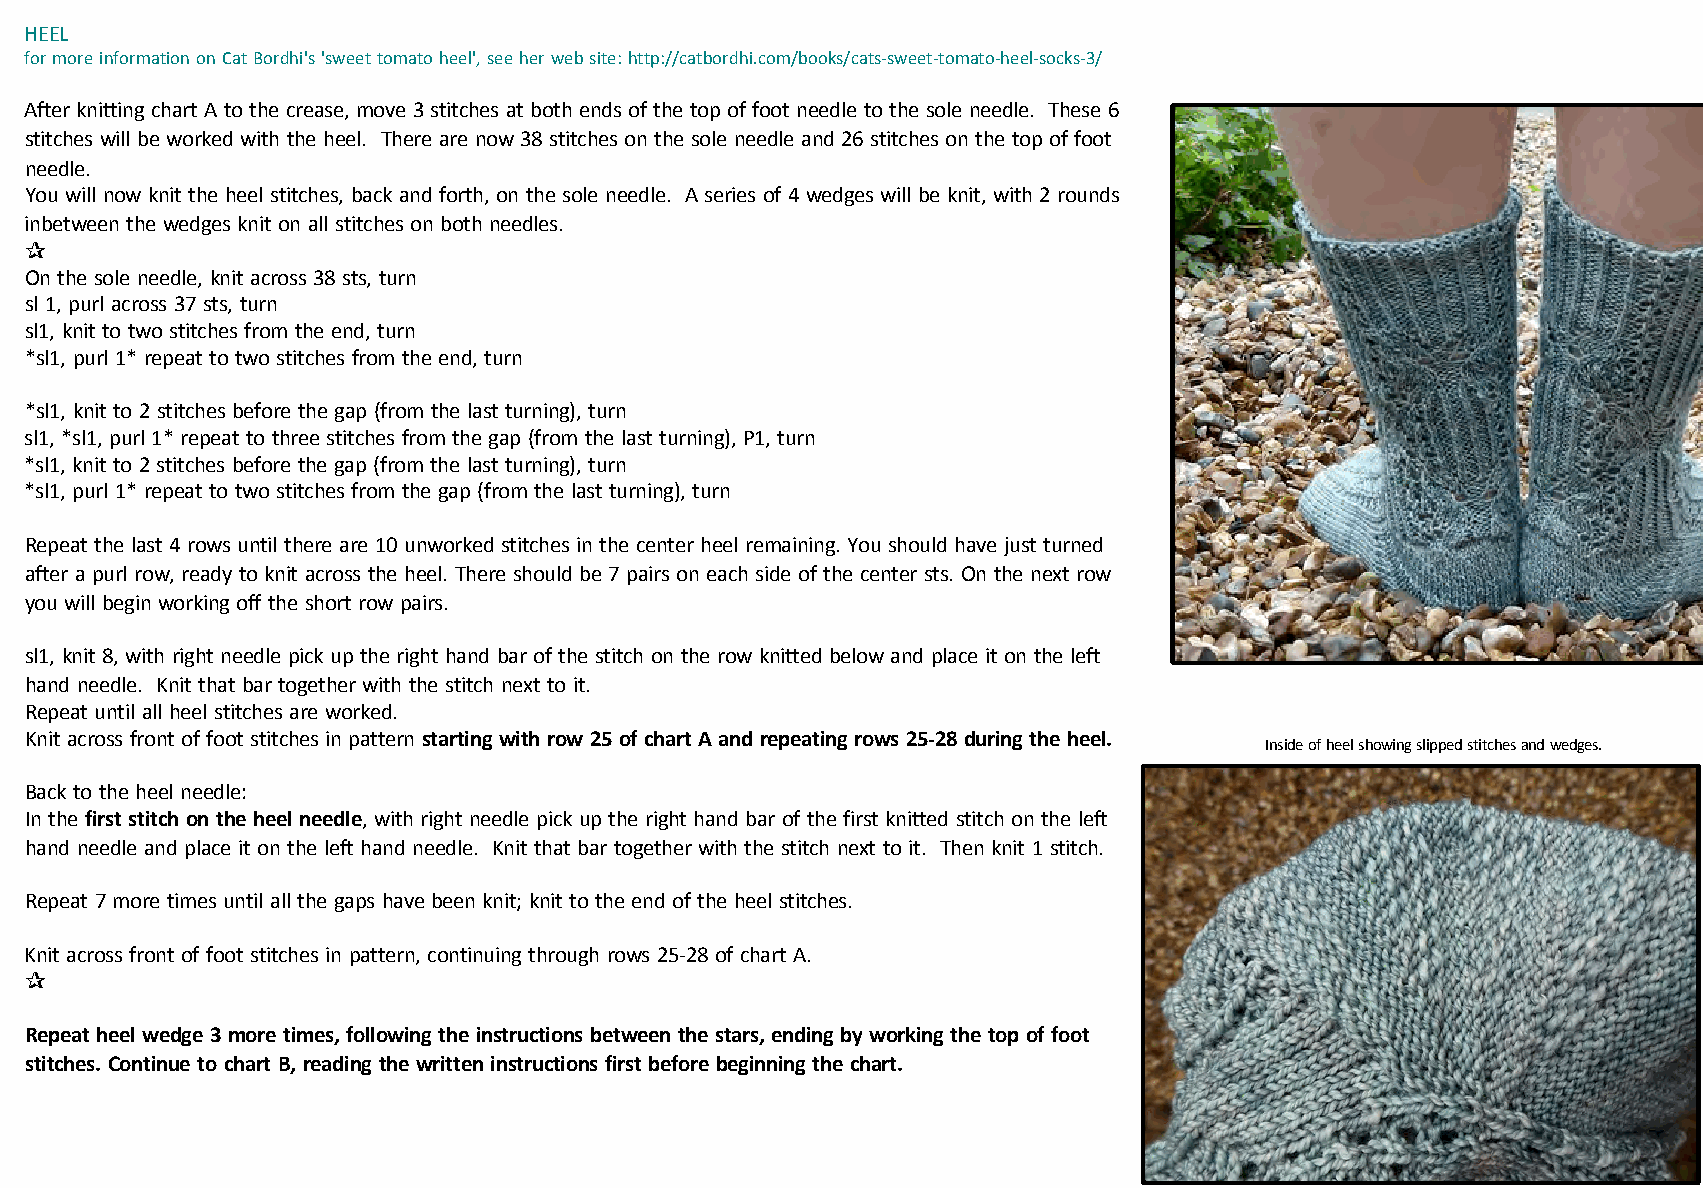
HEEL
 for more information on Cat Bordhi's 'sweet tomato heel', see her web site: http://catbordhi.com/books/cats-­‐sweet-­‐tomato-­‐heel-­‐socks-­‐3/
 After knitting chart A to the crease, move 3 stitches at both ends of the top of foot needle to the sole needle. These 6
 stitches will be worked with the heel. There are now 38 stitches on the sole needle and 26 stitches on the top of foot
 needle.
 You will now knit the heel stitches, back and forth, on the sole needle. A series of 4 wedges will be knit, with 2 rounds
 inbetween the wedges knit on all stitches on both needles.
 —
 On the sole needle, knit across 38 sts, turn
 sl 1, purl across 37 sts, turn
 sl1, knit to two stitches from the end, turn
 *sl1, purl 1* repeat to two stitches from the end, turn
 *sl1, knit to 2 stitches before the gap (from the last turning), turn
 sl1, *sl1, purl 1* repeat to three stitches from the gap (from the last turning), P1, turn
 *sl1, knit to 2 stitches before the gap (from the last turning), turn
 *sl1, purl 1* repeat to two stitches from the gap (from the last turning), turn
 Repeat the last 4 rows until there are 10 unworked stitches in the center heel remaining. You should have just turned
 after a purl row, ready to knit across the heel. There should be 7 pairs on each side of the center sts. On the next row
 you will begin working off the short row pairs.
 sl1, knit 8, with right needle pick up the right hand bar of the stitch on the row knitted below and place it on the left
 hand needle. Knit that bar together with the stitch next to it.
 Repeat until all heel stitches are worked.
 Knit across front of foot stitches in pattern starting with row 25 of chart A and repeating rows 25-­‐28 during the heel.
 Inside of heel showing slipped stitches and wedges.
 Back to the heel needle:
 In the first stitch on the heel needle, with right needle pick up the right hand bar of the first knitted stitch on the left
 hand needle and place it on the left hand needle. Knit that bar together with the stitch next to it. Then knit 1 stitch.
 Repeat 7 more times until all the gaps have been knit; knit to the end of the heel stitches.
 Knit across front of foot stitches in pattern, continuing through rows 25-­‐28 of chart A.
 —
 Repeat heel wedge 3 more times, following the instructions between the stars, ending by working the top of foot
 stitches. Continue to chart B, reading the written instructions first before beginning the chart.